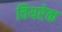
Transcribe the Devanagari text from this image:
वियरेक